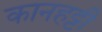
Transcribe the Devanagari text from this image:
कानहट्टी